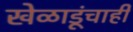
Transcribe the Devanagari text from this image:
खेळाडूंचाही